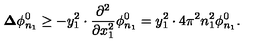
{ \bf \Delta } \phi _ { n _ { 1 } } ^ { 0 } \geq - y _ { 1 } ^ { 2 } \cdot \frac { \partial ^ { 2 } } { \partial x _ { 1 } ^ { 2 } } \phi _ { n _ { 1 } } ^ { 0 } = y _ { 1 } ^ { 2 } \cdot 4 \pi ^ { 2 } n _ { 1 } ^ { 2 } \phi _ { n _ { 1 } } ^ { 0 } .